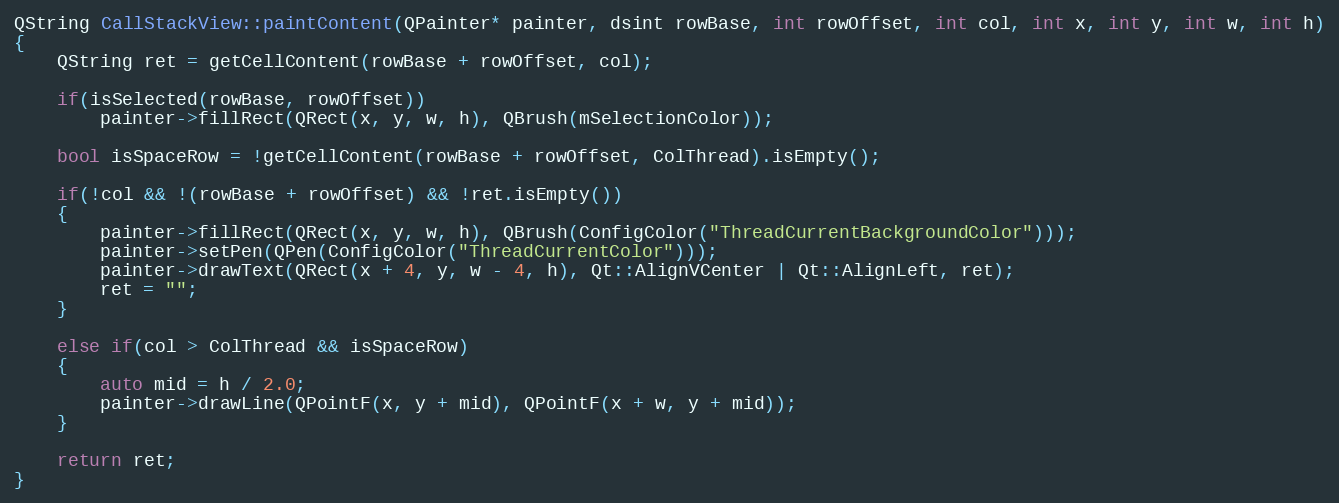
Language: C++
QString CallStackView::paintContent(QPainter* painter, dsint rowBase, int rowOffset, int col, int x, int y, int w, int h)
{
    QString ret = getCellContent(rowBase + rowOffset, col);

    if(isSelected(rowBase, rowOffset))
        painter->fillRect(QRect(x, y, w, h), QBrush(mSelectionColor));

    bool isSpaceRow = !getCellContent(rowBase + rowOffset, ColThread).isEmpty();

    if(!col && !(rowBase + rowOffset) && !ret.isEmpty())
    {
        painter->fillRect(QRect(x, y, w, h), QBrush(ConfigColor("ThreadCurrentBackgroundColor")));
        painter->setPen(QPen(ConfigColor("ThreadCurrentColor")));
        painter->drawText(QRect(x + 4, y, w - 4, h), Qt::AlignVCenter | Qt::AlignLeft, ret);
        ret = "";
    }

    else if(col > ColThread && isSpaceRow)
    {
        auto mid = h / 2.0;
        painter->drawLine(QPointF(x, y + mid), QPointF(x + w, y + mid));
    }

    return ret;
}